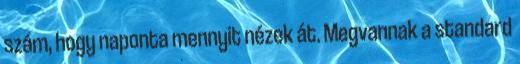
szám, hogy naponta mennyit nézek át. Megvannak a standard